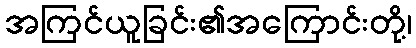
အကြင်ယူခြင်း၏အကြောင်းတို့၊